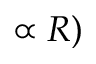
\propto R )